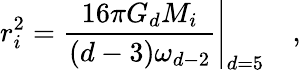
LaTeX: r_{i}^{2}=\left.{\frac{16\pi G_{d}M_{i}}{(d-3)\omega_{d-2}}}\right|_{d=5}\quad,